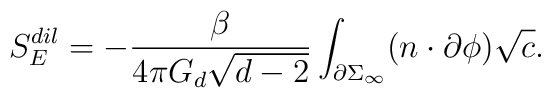
S_{E}^{dil} = -\frac{\beta}{4\pi G_{d} \sqrt{d-2}} \int_{\partial\Sigma_{\infty}} (n \cdot \partial \phi) \sqrt{c}.